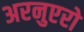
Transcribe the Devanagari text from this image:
अरनुएरो